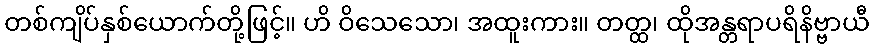
တစ်ကျိပ်နှစ်ယောက်တို့ဖြင့်။ ဟိ ဝိသေသော၊ အထူးကား။ တတ္ထ၊ ထိုအန္တရာပရိနိဗ္ဗာယီ